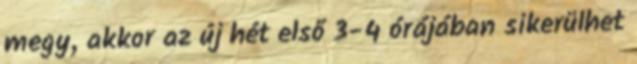
megy, akkor az új hét első 3-4 órájában sikerülhet